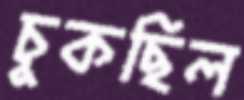
চুকছিল